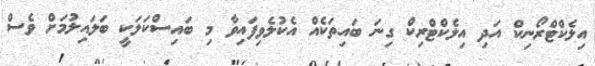
އިލެކްޓްރޯނިކް އަދި އިލެކްޓްރިކް ގިނަ ބައިތަކެއް އެކުލެވިފައިވާ މި ބައިސްކަލަކީ ބަލައިލުމަށް ވެސް